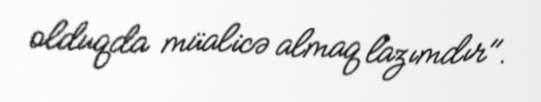
olduqda müalicə almaq lazımdır".